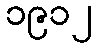
၁၉၁၂